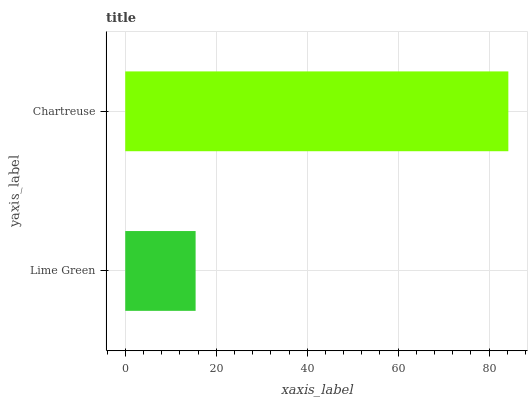
| yaxis_label | bars |
 | --- | --- |
 | Lime Green | 15.5 |
 | Chartreuse | 84.2 |